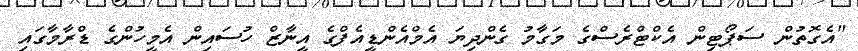
"އެގޮތުން ސަޕޯޓިން އެކްޓްރެސްގެ މަގާމު ގެންދިޔަ އެމްއެންޑީއެފްގެ އީނާޒް ހުސައިން އެމީހުންގެ ޑްރާމާގައި